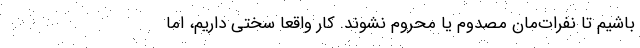
باشیم تا نفرات‌مان مصدوم یا محروم نشوند. کار واقعا سختی داریم، اما